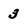
Character: 3